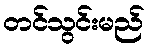
တင်သွင်းမည်